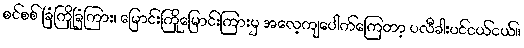
စင်စစ် ခြံကြိုခြံကြား၊ မြောင်းကြိုမြောင်းကြားမှ အလေ့ကျပေါက်ကြေတာ့ ပလီခါးပင်ငယ်ငယ်။